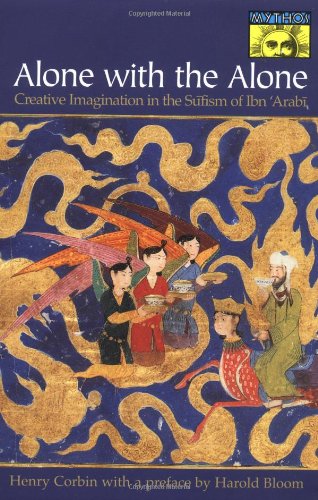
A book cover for Alone with the Alone; Henry Corbin; Religion & Spirituality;